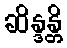
ဆိန္ဒန္တိ